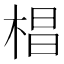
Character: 椙